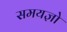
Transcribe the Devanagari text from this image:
समयज्ञो